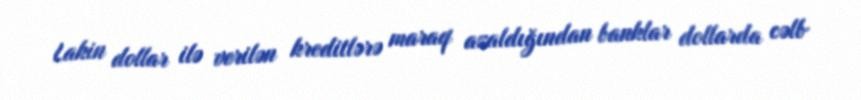
Lakin dollar ilə verilən kreditlərə maraq azaldığından banklar dollarda cəlb